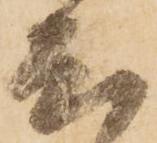
尤